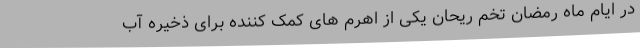
در ایام ماه رمضان تخم ریحان یکی از اهرم های کمک کننده برای ذخیره آب